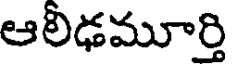
ఆలీఢమూర్తి